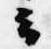
云